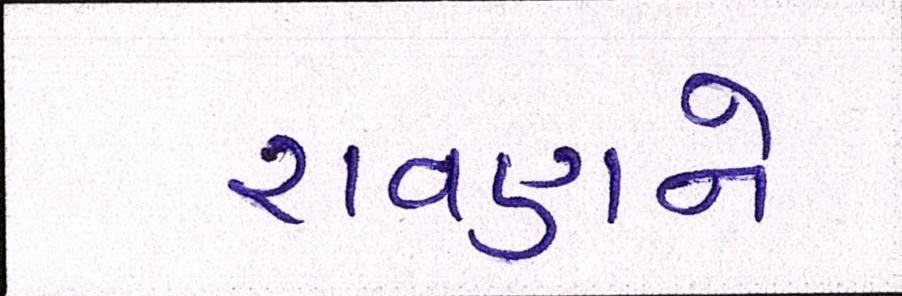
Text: રાવણને